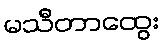
မသီတာထွေး